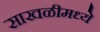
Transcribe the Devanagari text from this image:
साखळीमध्ये